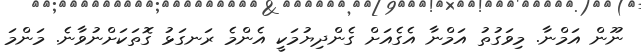
ނޫން އަމްނާ. މިވަގުތު އަމްނާ އެގެއަށް ގެންދިޔުމަކީ އެންމެ ރަނގަޅު ގޮތަކަށްނުވާނެ. މަންމަ